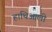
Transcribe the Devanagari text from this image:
हाथिआली